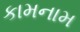
કામનામ